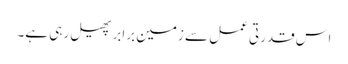
اس قدرتی عمل سے زمین برابر پھیل رہی ہے۔